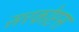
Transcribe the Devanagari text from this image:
सरकोप्टस